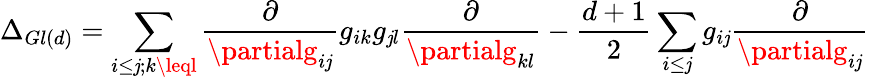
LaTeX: \Delta_{Gl(d)}=\sum_{i\leq\mathit{j};k\leql}\frac{{\partial}}{{\partialg_{i\mathit{j}}}}g_{ik}g_{\mathit{j}l}\frac{{\partial}}{{\partialg_{kl}}}-\frac{{d+1}}{{2}}\sum_{i\leq\mathit{j}}g_{i\mathit{j}}\frac{{\partial}}{{\partialg_{i\mathit{j}}}}